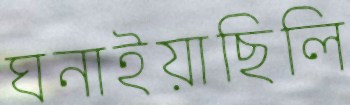
ঘনাইয়াছিলি